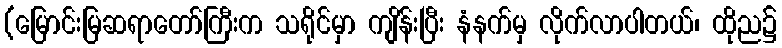
(မြောင်းမြဆရာတော်ကြီးက သရိုင်မှာ ကျိန်းပြီး နံနက်မှ လိုက်လာပါတယ်၊ ထိုည၌